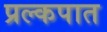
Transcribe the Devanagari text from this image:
प्रल्कपात